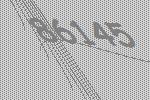
86145